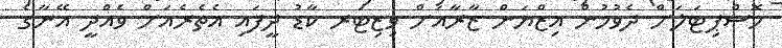
ހޮސްޕިޓަލަށް ދެވުމުން އިޒްޔަން ޒާރާއަށް ވިޒިޓަރ ކާޑު ދީފައި އެތެރެއަށް ވެއްދީ އޭނާގެ